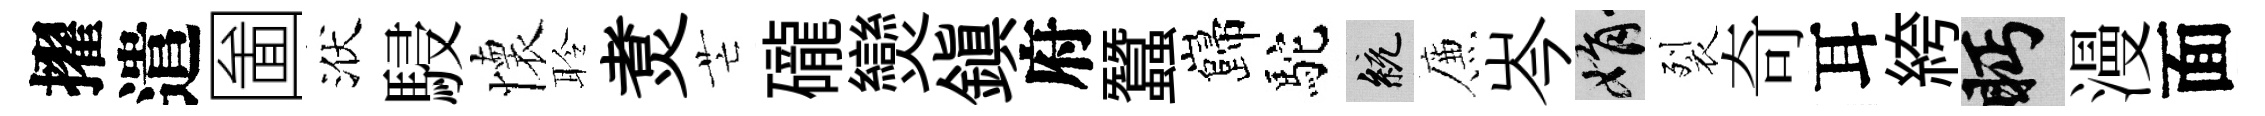
擢遣圗洑駸懷聆煑芒礲𤓖鎮府蠶巋駝統簾岑娟裂奇耳絝眄漫面